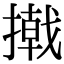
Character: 撠